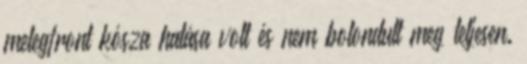
melegfront kósza hatása volt és nem bolondult meg teljesen.